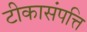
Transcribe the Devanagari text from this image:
टीकासंपत्ति